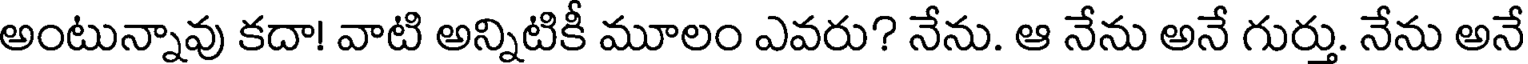
అంటున్నావు కదా! వాటి అన్నిటికీ మూలం ఎవరు? నేను. ఆ నేను అనే గుర్తు. నేను అనే